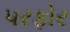
પરફોર